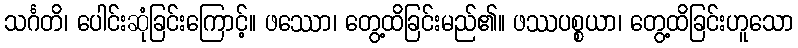
သင်္ဂတိ၊ ပေါင်းဆုံခြင်းကြောင့်။ ဖဿော၊ တွေ့ထိခြင်းမည်၏။ ဖဿပစ္စယာ၊ တွေ့ထိခြင်းဟူသော